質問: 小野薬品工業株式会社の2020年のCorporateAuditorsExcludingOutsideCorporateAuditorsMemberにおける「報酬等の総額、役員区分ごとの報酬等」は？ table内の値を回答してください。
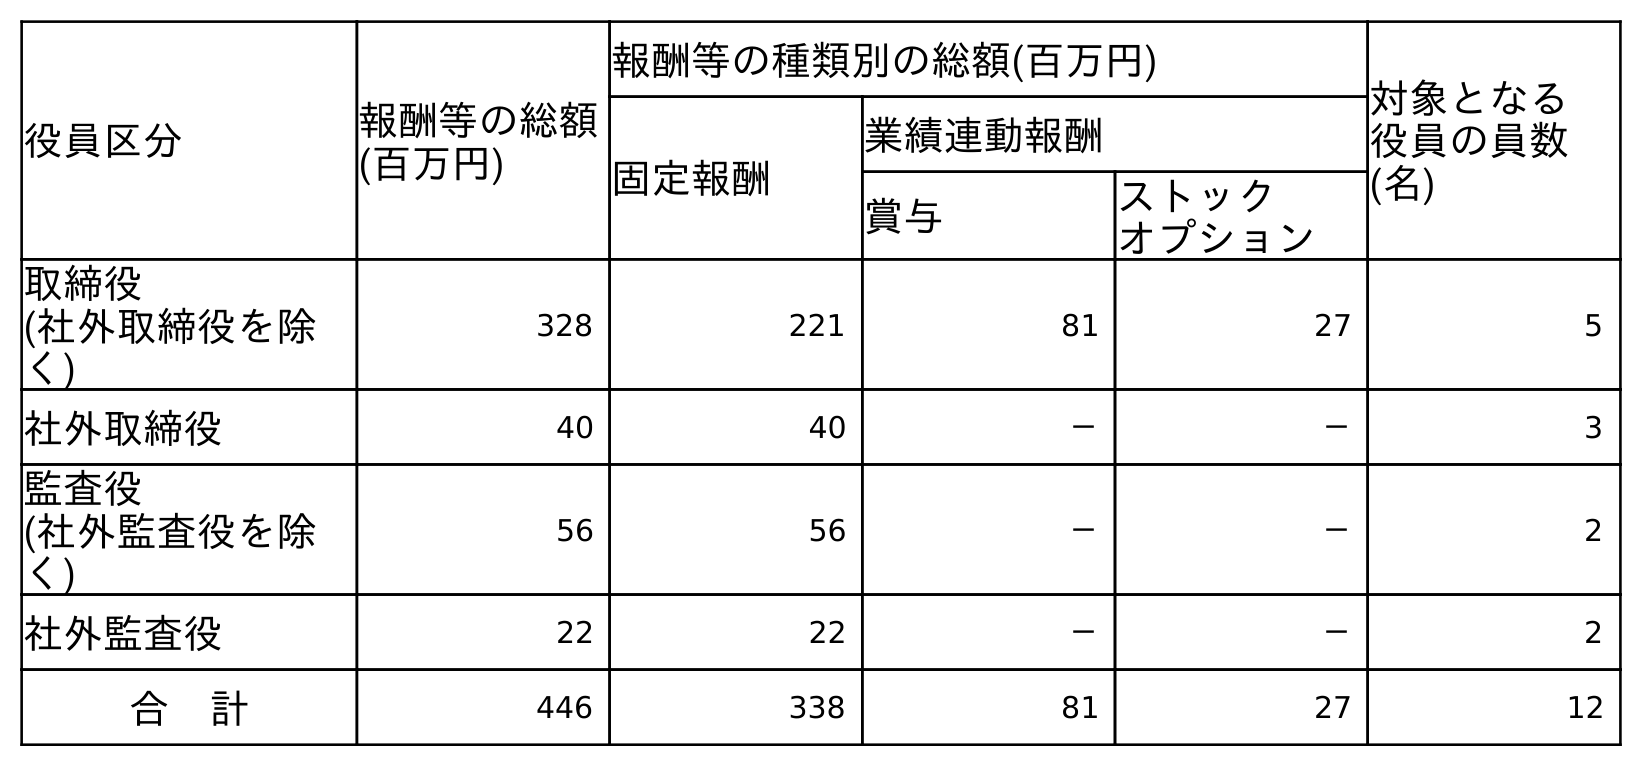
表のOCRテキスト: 役員区分 報酬等の総額 (百万円) 報酬等の種類別の総額(百万円) 対象となる 役員の員数 (名) 固定報酬 業績連動報酬 賞与 ストック オプション 取締役 (社外取締役を除 く) 328 221 81 27 5 社外取締役 40 40 － － 3 監査役 (社外監査役を除 く) 56 56 － － 2 社外監査役 22 22 － － 2 合 計 446 338 81 27 12
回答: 56